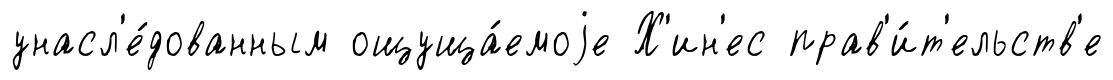
унасл'е́дованным ощуща́емоjе Х'ин'ес прав'и́т'ельств'е